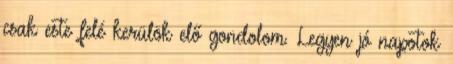
csak este felé kerülök elő gondolom. Legyen jó napotok